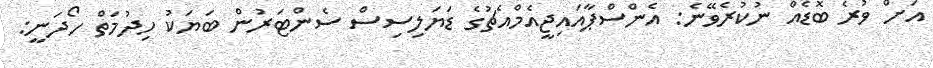
އަށް ވުރެ ބޮޑެއް ނުކުރެވޭނެ: އެންސްޕާއައިޖީއެމްއެޗުގެ ޑަޔަލިސިސް ސެންޓަރުން ބަޔަކު ހިދުމަތް ހޯދަނީ: